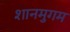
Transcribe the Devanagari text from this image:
शानमुगम